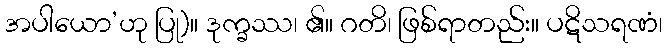
အပါယော’ဟု ပြု)။ ဒုက္ခဿ၊ ၏။ ဂတိ၊ ဖြစ်ရာတည်း။ ပဋိသရဏံ၊